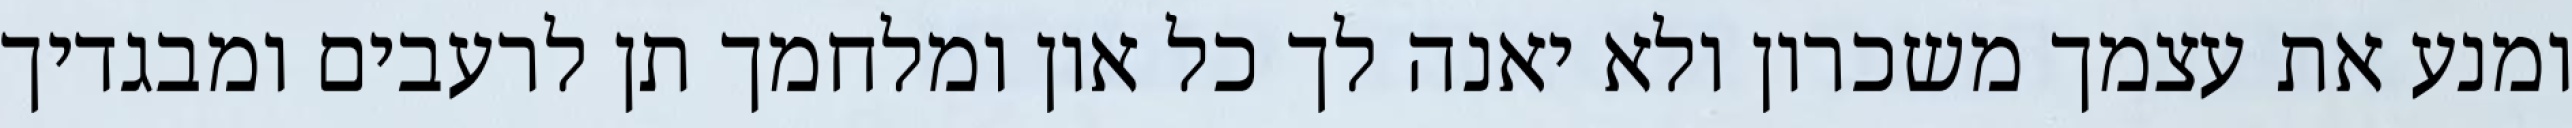
ומנע את עצמך משכרון ולא יאנה לך כל און ומלחמך תן לרעבים ומבגדיך